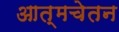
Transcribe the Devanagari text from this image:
आत्मचेतन